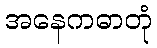
အနေကဓာတုံ